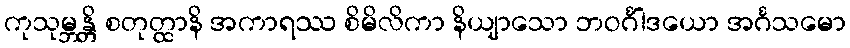
ကုသုမ္ဘန္တိ စတုတ္ထာနိ အကာရဿ စိမိလိကာ နိယျာသော ဘဝင်္ဂါဒယော အင်္ဂသမော